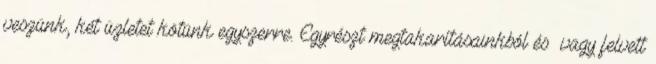
veszünk, két üzletet kötünk egyszerre. Egyrészt megtakarításainkból és vagy felvett